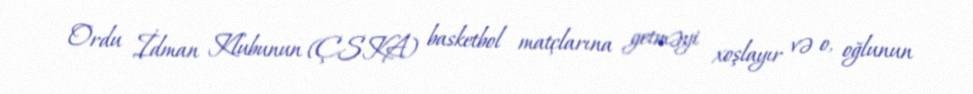
Ordu İdman Klubunun (ÇSKA) basketbol matçlarına getməyi xoşlayır və o, oğlunun